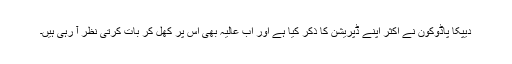
دیپکا پاڈوکون نے اکثر اپنے ڈپریشن کا ذکر کیا ہے اور اب عالیہ بھی اس پر کھل کر بات کرتی نظر آ رہی ہیں۔